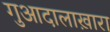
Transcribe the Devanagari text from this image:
गुआदालाख़ारा